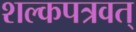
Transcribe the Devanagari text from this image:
शल्कपत्रवत्‌